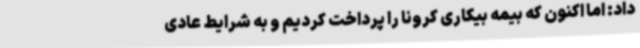
داد: اما اکنون که بیمه بیکاری کرونا را پرداخت کردیم و به شرایط عادی